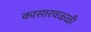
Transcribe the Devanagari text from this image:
कासारवळ्ळी